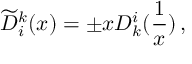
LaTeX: \widetilde { D } _ { i } ^ { k } ( x ) = \pm x D _ { k } ^ { i } ( \frac 1 x ) \, ,